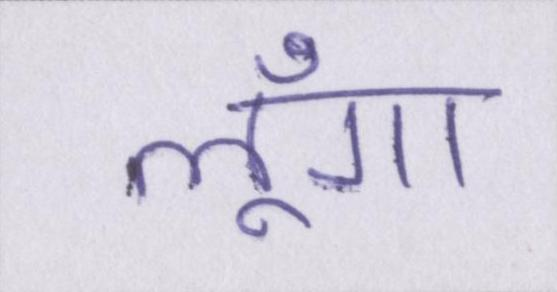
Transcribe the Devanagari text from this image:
लूँगा